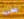
مغنية